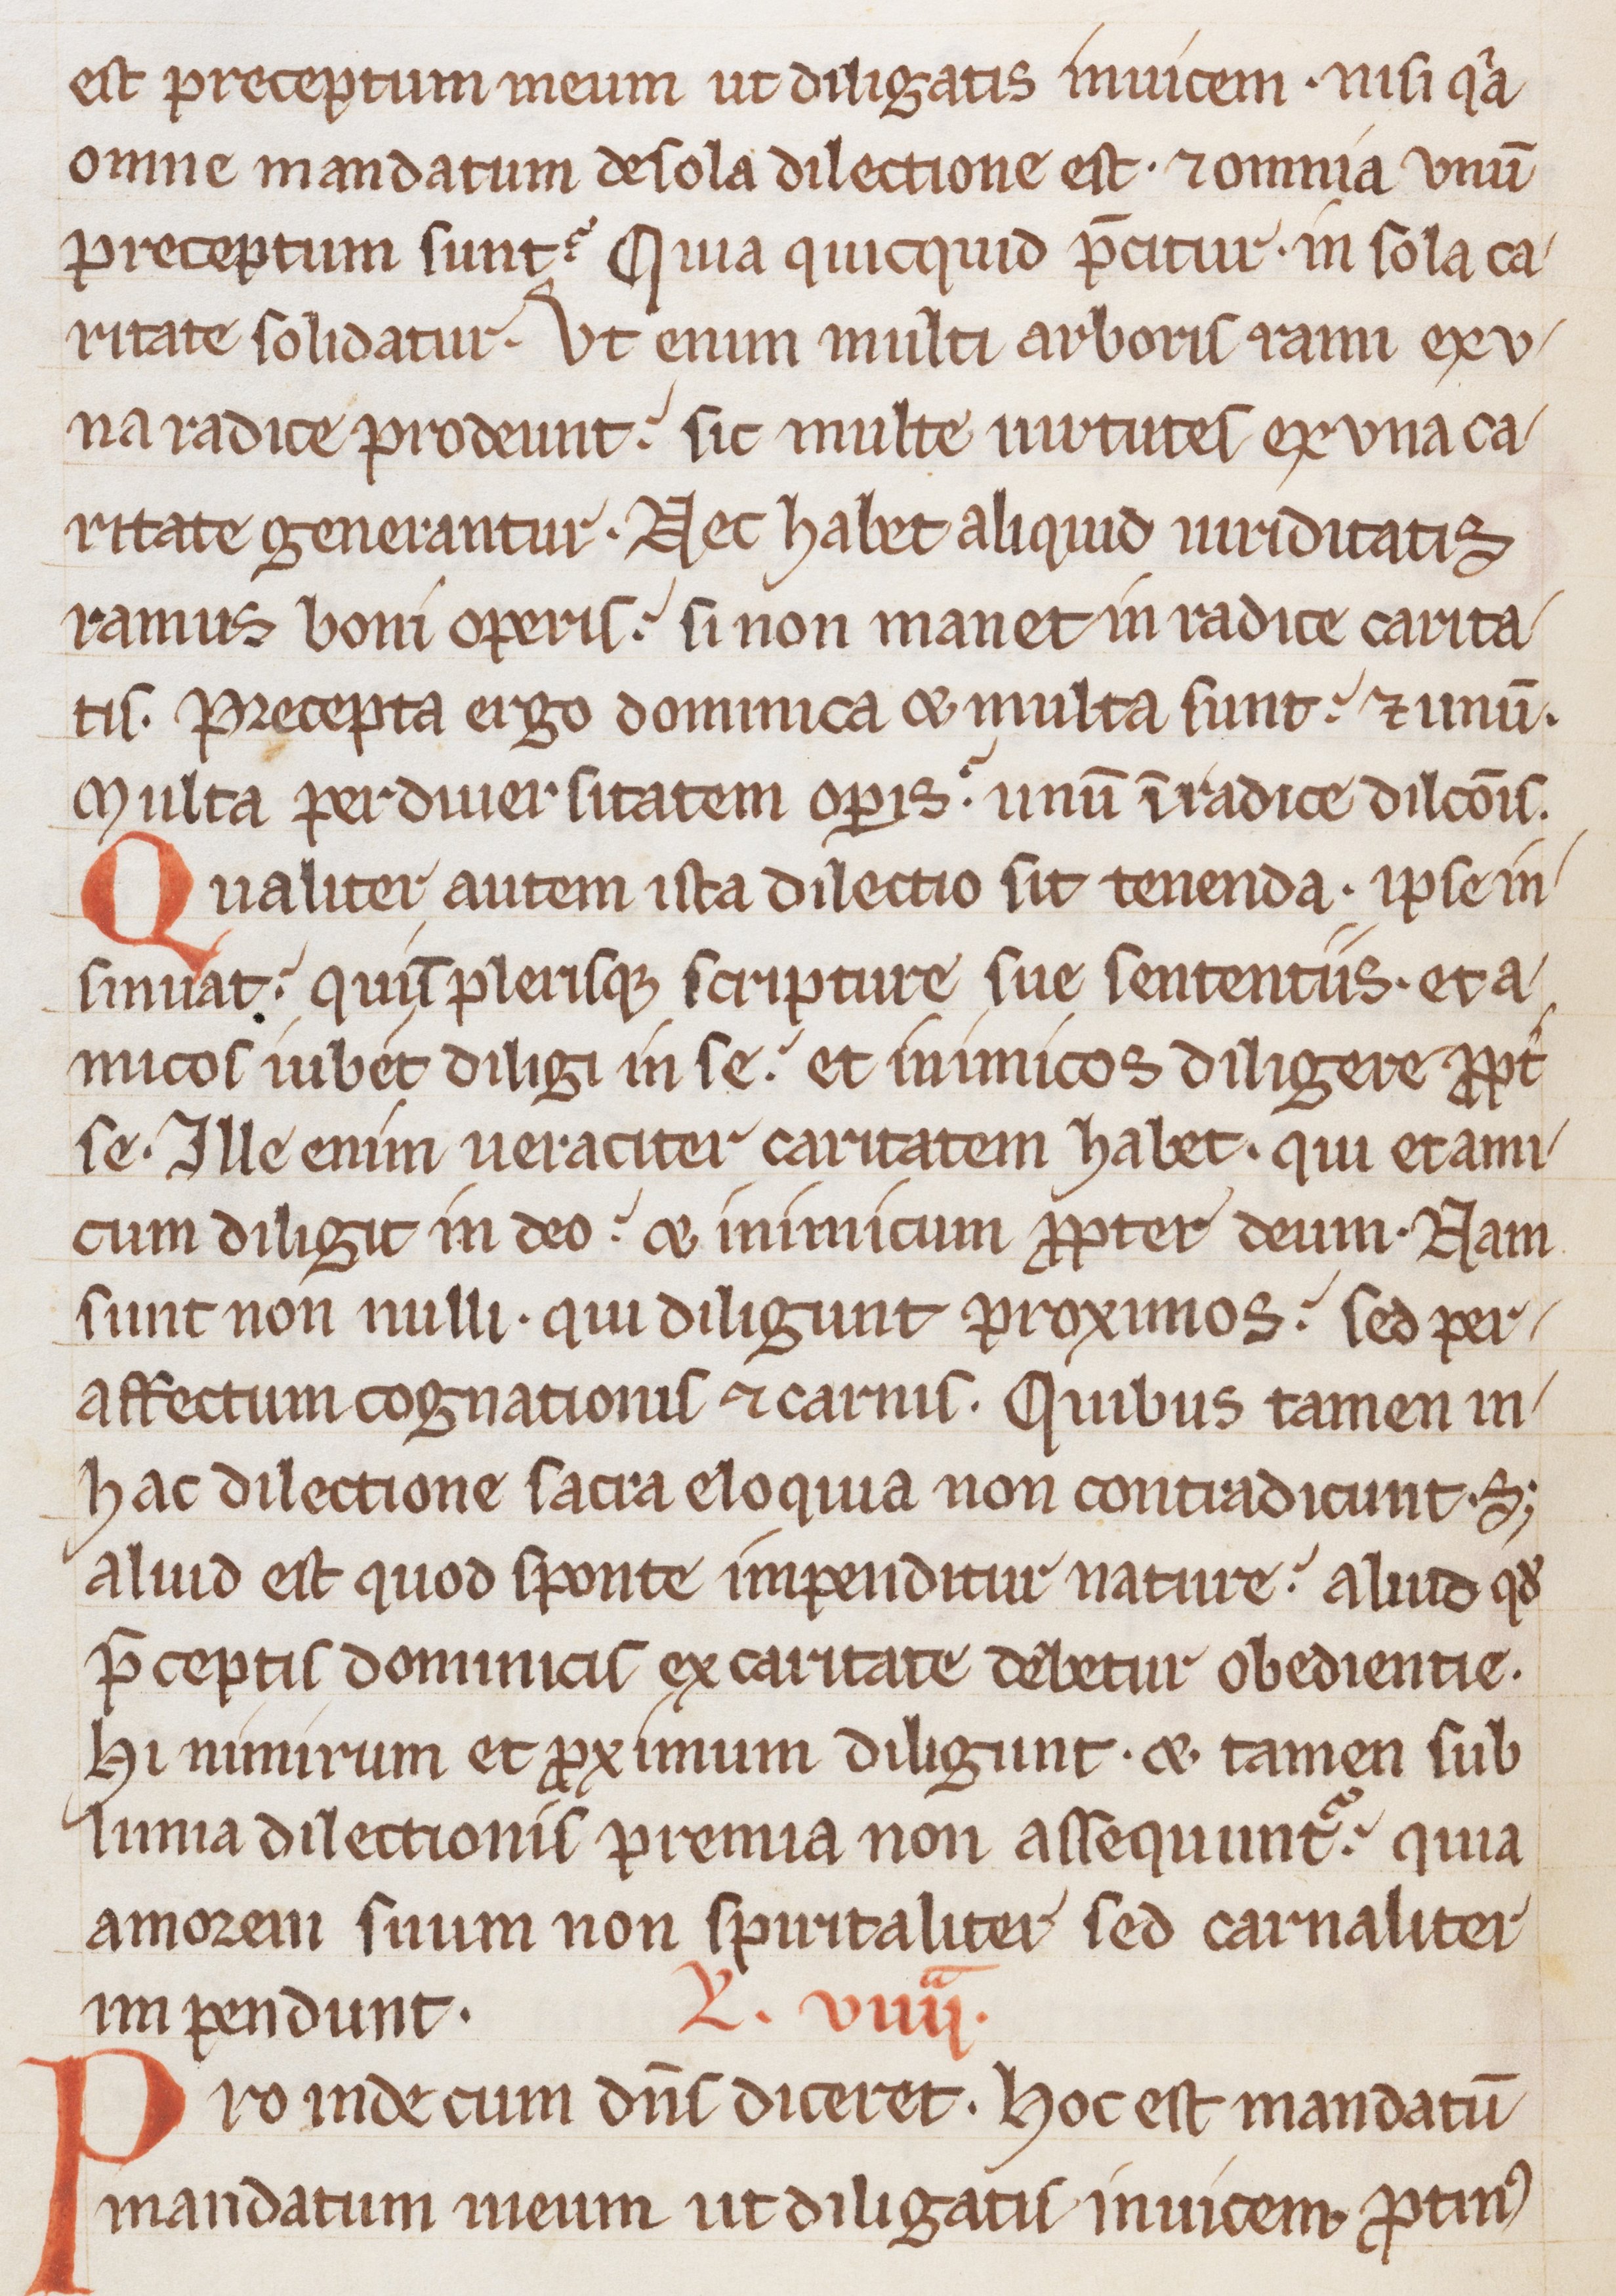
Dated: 1200–1299